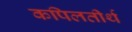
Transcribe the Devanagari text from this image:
कपिलतीर्थ